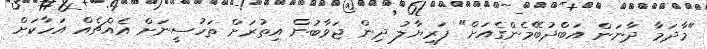
"މާދަމާ ދާނަން އަބްދުބޭމެންގެއަށް" ފަރިޔާލު ދިން ޖަވާބުން އިތުރަށް ތަހުސީނަށް އެއްޗެއް އަހާކަށް